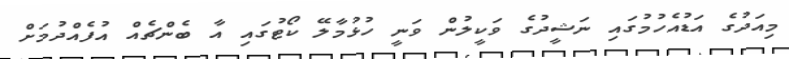
މިއަދުގެ އަޑުއެހުމުގައި ނަޝީދުގެ ވަކީލުން ވަނީ ހުޅުމާލޭ ކޯޓުގައި އާ ބެންޗެއް އުފެއްދުމަށް